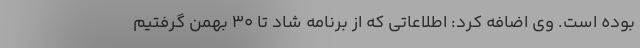
بوده است. وی اضافه کرد: اطلاعاتی که از برنامه شاد تا ۳۰ بهمن گرفتیم